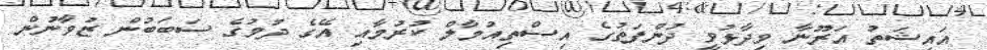
އައިޝަތު އަރޫނާ ވިދާޅުވީ ދުންފަތުގެ އިސްތިއުމާލް ކުރުމާއި އޭގެ ދުމުގެ ސަބަބުން ޒުވާނުން